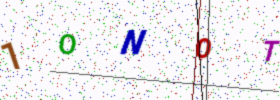
Text: 1ONOT